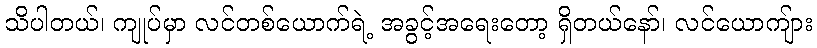
သိပါတယ်၊ ကျုပ်မှာ လင်တစ်ယောက်ရဲ့ အခွင့်အရေးတော့ ရှိတယ်နော်၊ လင်ယောကျ်ား